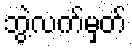
ဘွဲ့လက်မှတ်